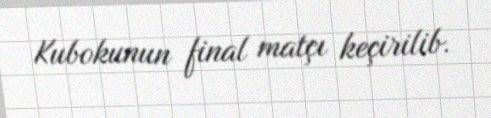
Kubokunun final matçı keçirilib.